Lunatic asylums Madras 1892-1911 - 1892-1911
Year: 1892
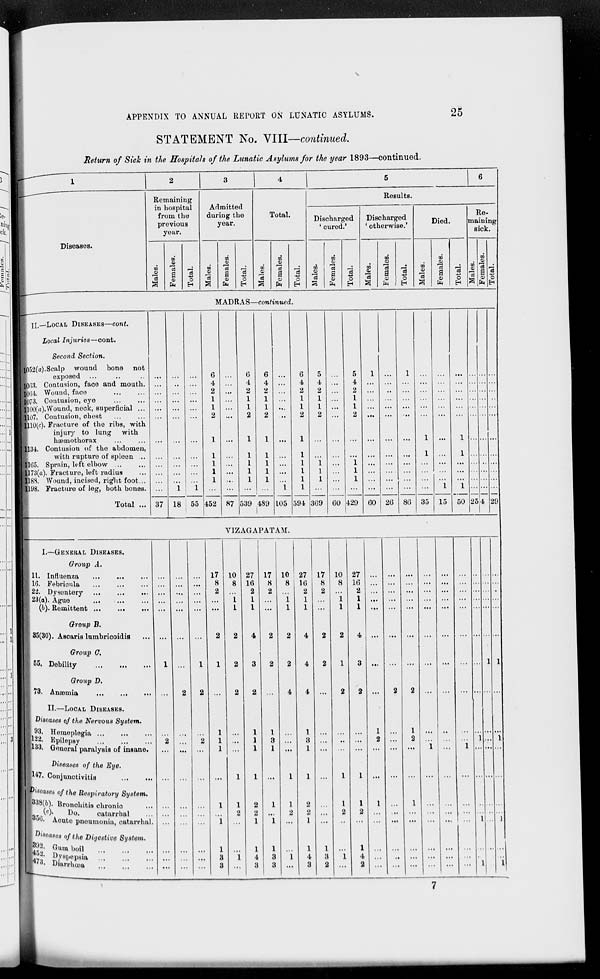
25
APPENDIX TO ANNUAL REPORT ON LUNATIC ASYLUMS.
STATEMENT No. VIII—continued.
Return of Sick in the Hospitals of the Lunatic Asylums for the year 1893—continued.
1
Diseases.
2
Remaining
in hospital
from the
previous
year.
Males.
Females.
Total.
3
Admitted
during the
year.
Males.
Females.
Total.
4
Total.
Males.
Females.
Total.
5
6
Results.
Discharged
'cured.'
Males.
Females.
Total.
Discharged
'otherwise.'
Males.
Females.
Total.
Died.
Males.
Females.
Total.
Re-
maining
sick.
Males.
Females.
Total.
MADRAS—continued.
II.—LOCAL DISEASES—cont.
Local
Injuries—cont.
Second Section.
1052(a).Scalp wound bone not
exposed ... ... ...
1063. Contusion, face and mouth.
1064. Wound, face ... ...
1073. Contusion, eye ... ...
1100(a).Wound, neck, superficial ...
1107. Contusion, chest ... ...
1110(c). Fracture of the ribs, with
injury to lung
with
hæmothorax ... ...
1134. Contusion of the abdomen,
with rupture of spleen ...
1165. Sprain, left elbow ... ...
1173(a). Fracture, left radius ...
1188. Wound, incised, right foot ...
1198. Fracture of leg, both bones.
Total ...
...
...
...
...
...
...
...
...
...
...
...
...
37
...
...
...
...
...
...
...
...
...
...
...
1
18
...
...
...
...
...
...
...
...
...
...
...
1
55
6
4
2
1
1
2
1
1
1
1
1
...
452
...
...
...
...
...
...
...
...
...
...
...
...
87
6
4
2
1
1
2
1
1
1
1
1
...
539
6
4
2
1
1
2
1
1
1
1
1
...
489
...
...
...
...
...
...
...
...
...
...
...
1
105
6
4
2
1
1
2
1
1
1
1
1
1
594
5
4
2
1
1
2
...
...
1 1
1
...
369
...
...
...
...
...
...
...
...
...
...
...
...
60
5
4
2
1
1
2
...
...
1 1
1
...
429
1
...
...
...
...
...
...
...
...
...
...
...
60
...
...
...
...
...
...
...
...
...
...
...
...
26
1
...
...
...
...
...
...
...
...
...
...
...
86
...
...
...
...
...
...
1
1
...
...
...
...
35
...
...
...
...
...
...
...
...
...
...
...
1
15
...
...
...
...
...
...
1
1
...
...
...
1
50
...
...
...
...
...
...
...
...
...
...
...
...
25
...
...
...
...
...
...
...
...
...
...
...
...
4
...
...
...
...
...
...
...
...
...
...
...
...
29
VIZAGAPATAM.
I.—GENERAL DISEASES.
Group A.
11. Influenza ... ... ...
16. Febricula ... ... ...
22. Dysentery ... ... ...
23(a). Ague
...
...
...
(b). Remittent
...
...
...
Group B.
35(30). Ascaris lumbricoidis ...
Group C.
55. Debility
...
...
...
Group D.
73. Anæmia
...
...
...
II.—LOCAL DISEASES.
Diseases of the Nervous System.
93. Hemoplegia
...
...
...
122. Epilepsy ... ... ...
133. General paralysis of insane.
Diseases of the Eye.
147. Conjunctivitis
...
...
Diseases of the Respiratory
System.
338(b). Bronchitis chronic ...
(c)
Do.
catarrhal ...
356. Acute pneumonia, catarrhal.
Diseases of the Digestive
System.
392. Gumboil ... ... ...
452 Dyspepsia ... ... ...
473 Diarrhœa ... ... ...
...
...
...
...
...
...
1
...
...
2
...
...
...
...
...
...
...
...
...
...
...
...
...
...
...
2
...
...
...
...
...
...
...
...
...
...
...
...
...
...
...
...
1
2
...
2
...
...
...
...
...
...
...
...
17
8
2
...
...
2
1
...
1
1
1
...
1
...
1
1
3
3
10
8
...
1 1
2
2
2
...
...
...
1
1
2
...
...
1
...
27
16
2
1
1
4
3
2
1
1
1
1
2
2
1
1
4
3
17
8
2
...
...
2
2
...
1
3
1
...
1
...
1
1
3
3
10
8
...
1 1
2
2
4
...
...
...
1
1
2
...
...
1
...
27
16
2
1
1
4
4
4
1
3
1
1
2
2
1
1
4
3
17
8
2
...
...
2
2
...
...
...
...
...
...
...
...
1
3
2
10
8
...
1
1
2
1
2
...
...
...
1
1
2
...
...
1
...
27
16
2
1
1
4
3
2
...
...
...
1
1
2
...
1
4
2
...
...
...
...
...
...
...
...
1
2
...
...
1
...
...
...
...
...
...
...
...
...
...
...
...
2
...
...
...
...
...
...
...
...
...
...
...
...
...
...
...
...
...
2
1
2
...
...
1
...
...
...
...
...
...
...
...
...
...
...
...
...
...
...
1
...
...
...
...
...
...
...
...
...
...
...
...
...
...
...
...
...
...
...
...
...
...
...
...
...
...
...
...
...
...
...
...
...
...
...
1
...
...
...
...
...
...
...
...
...
...
...
...
...
...
...
...
1
...
...
...
...
1
...
...
1
...
...
...
...
...
...
1
...
...
...
...
...
...
...
...
...
...
...
...
...
...
...
...
...
1
...
...
1
...
...
...
...
1
...
...
1
7